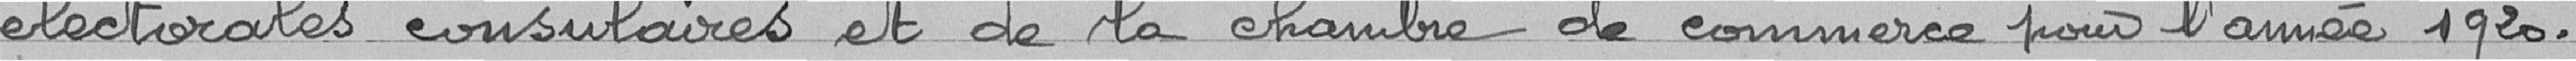
électorales consulaires et de la chambre de commerce pour l'année 1920.